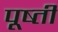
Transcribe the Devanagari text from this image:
पूष्ती